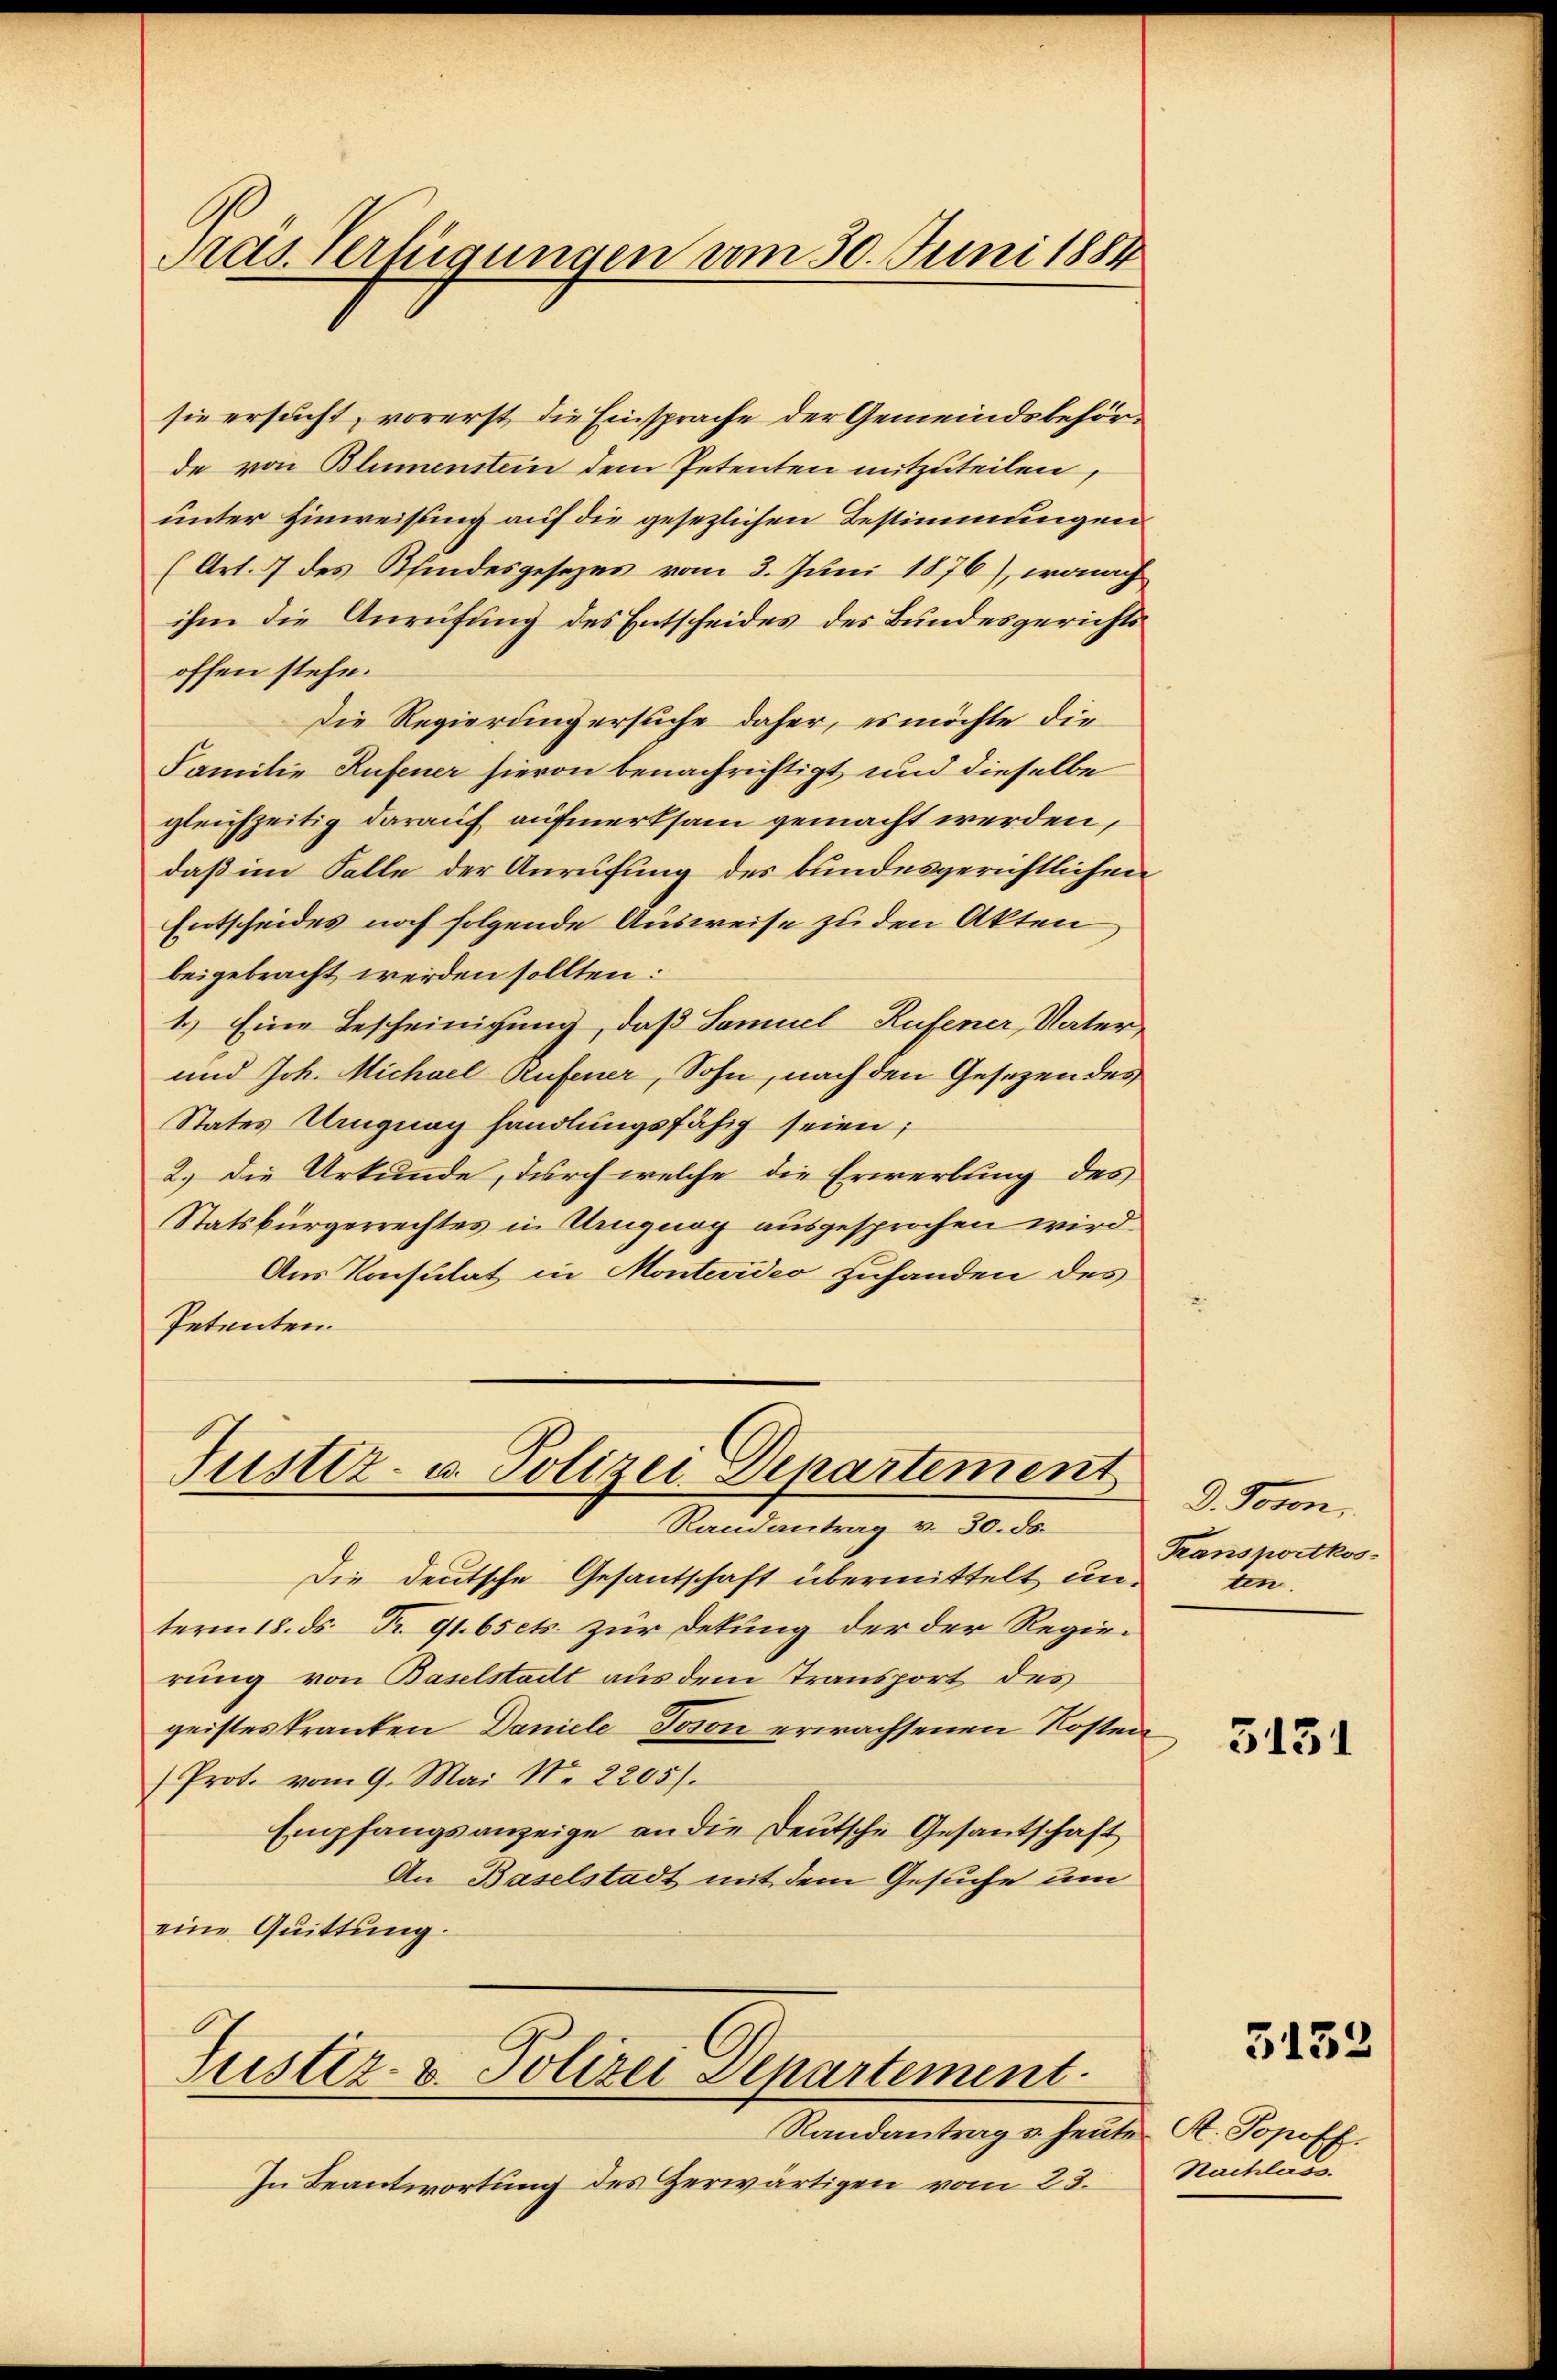
ras. Verlegungen vom 30. Juni 1884

sie ersucht, vorerst, die Einsprache der Gemeindsbehörde von Blumenstein dem Petenten mitzuteilen,
unter Hinweisung auf die gesezlichen Bestimmungen
(Art. 7 des Pfindesgesezes vom 3. Juni 1876), wonach
ihm die Anrufung des Entscheides des Bundesgerichts
offen stehe.
Die Regierung ersuche daher, es möchte die
Familie Rufener hievon benachrichtigt und dieselbe
gleichzeitig darauf aufmerksam gemacht werden,
daß im Falle der Anrufung des bundesgerichtlichen
Entscheides noch folgende Ausweise zu den Akten
beigebracht werden sollten:
1.) Eine Bescheinigung, daß Samuel Rufener Vater-
und Joh. Michael Rufener, Sohn, nach den Gesezen des
States Ungung handlungsfähig seien;
2.) Die Urkunde, durch welche die Erwerbung des
Statsbürgerrechtes in Urugnog ausgesprochen wird.
Aus Konsulat in Montevideo zuhanden des
Petenten.

Justiz- u. Polizei-Departement
Randantrag v. 30. ds.

Die deutsche Gesantschaft übermittelt un
term 18. ds. Fr. 91. 6sets. zur Dekung der der Regie-
rung von Baselstadt aus dem Transport des
geistes Kranken Daniele Toion erwachsenen Kosten
Prot. vom 9. Mai No 2205).
Empfangsanzeige an die Deutsche Gesantschaft
An Baselstadt mit dem Gesuche um
eine Quittung.

Justiz- & Polizei Departement.

Randantrag u. heute St. Jopoff.
In Beantwortung des Zerwärtigen vom 23.

d. Toron,
Transportkos
ten.

3131

5132

Nachlass